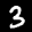
Label: 3